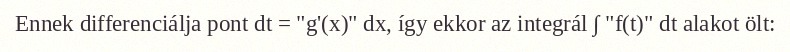
Ennek differenciálja pont dt = "g'(x)" dx, így ekkor az integrál ∫ "f(t)" dt alakot ölt: